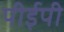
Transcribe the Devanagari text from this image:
पीईपी